Sleeping sickness
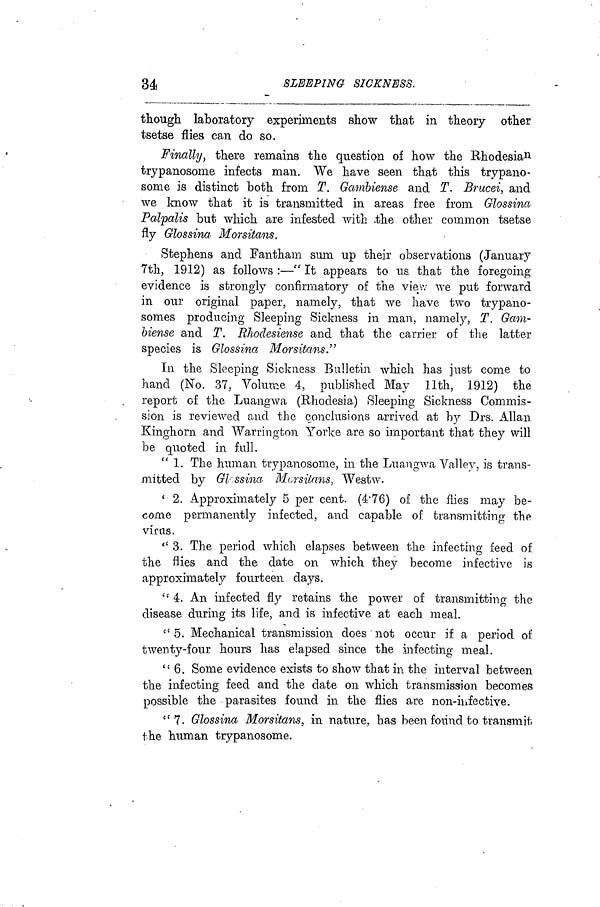
34
SLEEPING SICKNESS.
though, laboratory experiments show that in theory other
tsetse flies can do so.
Finally, there remains the question of how the Rhodesian
trypanosome infects man. We have seen that this trypano-
some is distinct both from T. Gambiense and T. Brucei, and
we know that it is transmitted in areas free from Glossina
Palpalis but which are infested with the other common tsetse
fly Glossina· Morsitans.
Stephens and Fantham sum up their observations (January
7th, 1912) as follows :—" It appears to us that the foregoing
evidence is strongly confirmatory of the view we put forward
in our original paper, namely, that we have two trypano-
somes producing Sleeping Sickness in man, namely, T. Gam-
biense and T. Rhodesiense and that the carrier of the latter
species is Glossina Morsitans."
In the Sleeping Sickness Bulletin which has just come to
hand (No. 37, Volume 4, published May llth, 1912) the
report of the Luangwa (Rhodesia) Sleeping Sickness Commis-
sion is reviewed and the conclusions arrived at by Drs. Allan
Kinghorn and Warrington Yorke are so important that they will
be quoted in full.
" 1. The human trypanosome, in the Luangwa Valley, is trans-
mitted by Glossina Morsitans, Westw.
' 2. Approximately 5 per cent. (4·76) of the flies may be-
come permanently infected, and capable of transmitting the
virus.
" 3. The period which elapses between the infecting feed of
the flies and the date on which they become infective is
approximately fourteen days.
" 4. An infected fly retains the power of transmitting the
disease during its life, and is infective at each meal.
£t 5. Mechanical transmission does not occur if a period of
twenty-four hours has elapsed since the infecting meal.
"6. Some evidence exists to show that in the interval between
the infecting feed and the date on which transmission becomes
possible the parasites found in the flies are non-infective.
"7. Glossina Morsitans, in nature, has been found to transmit
the human trypanosome.